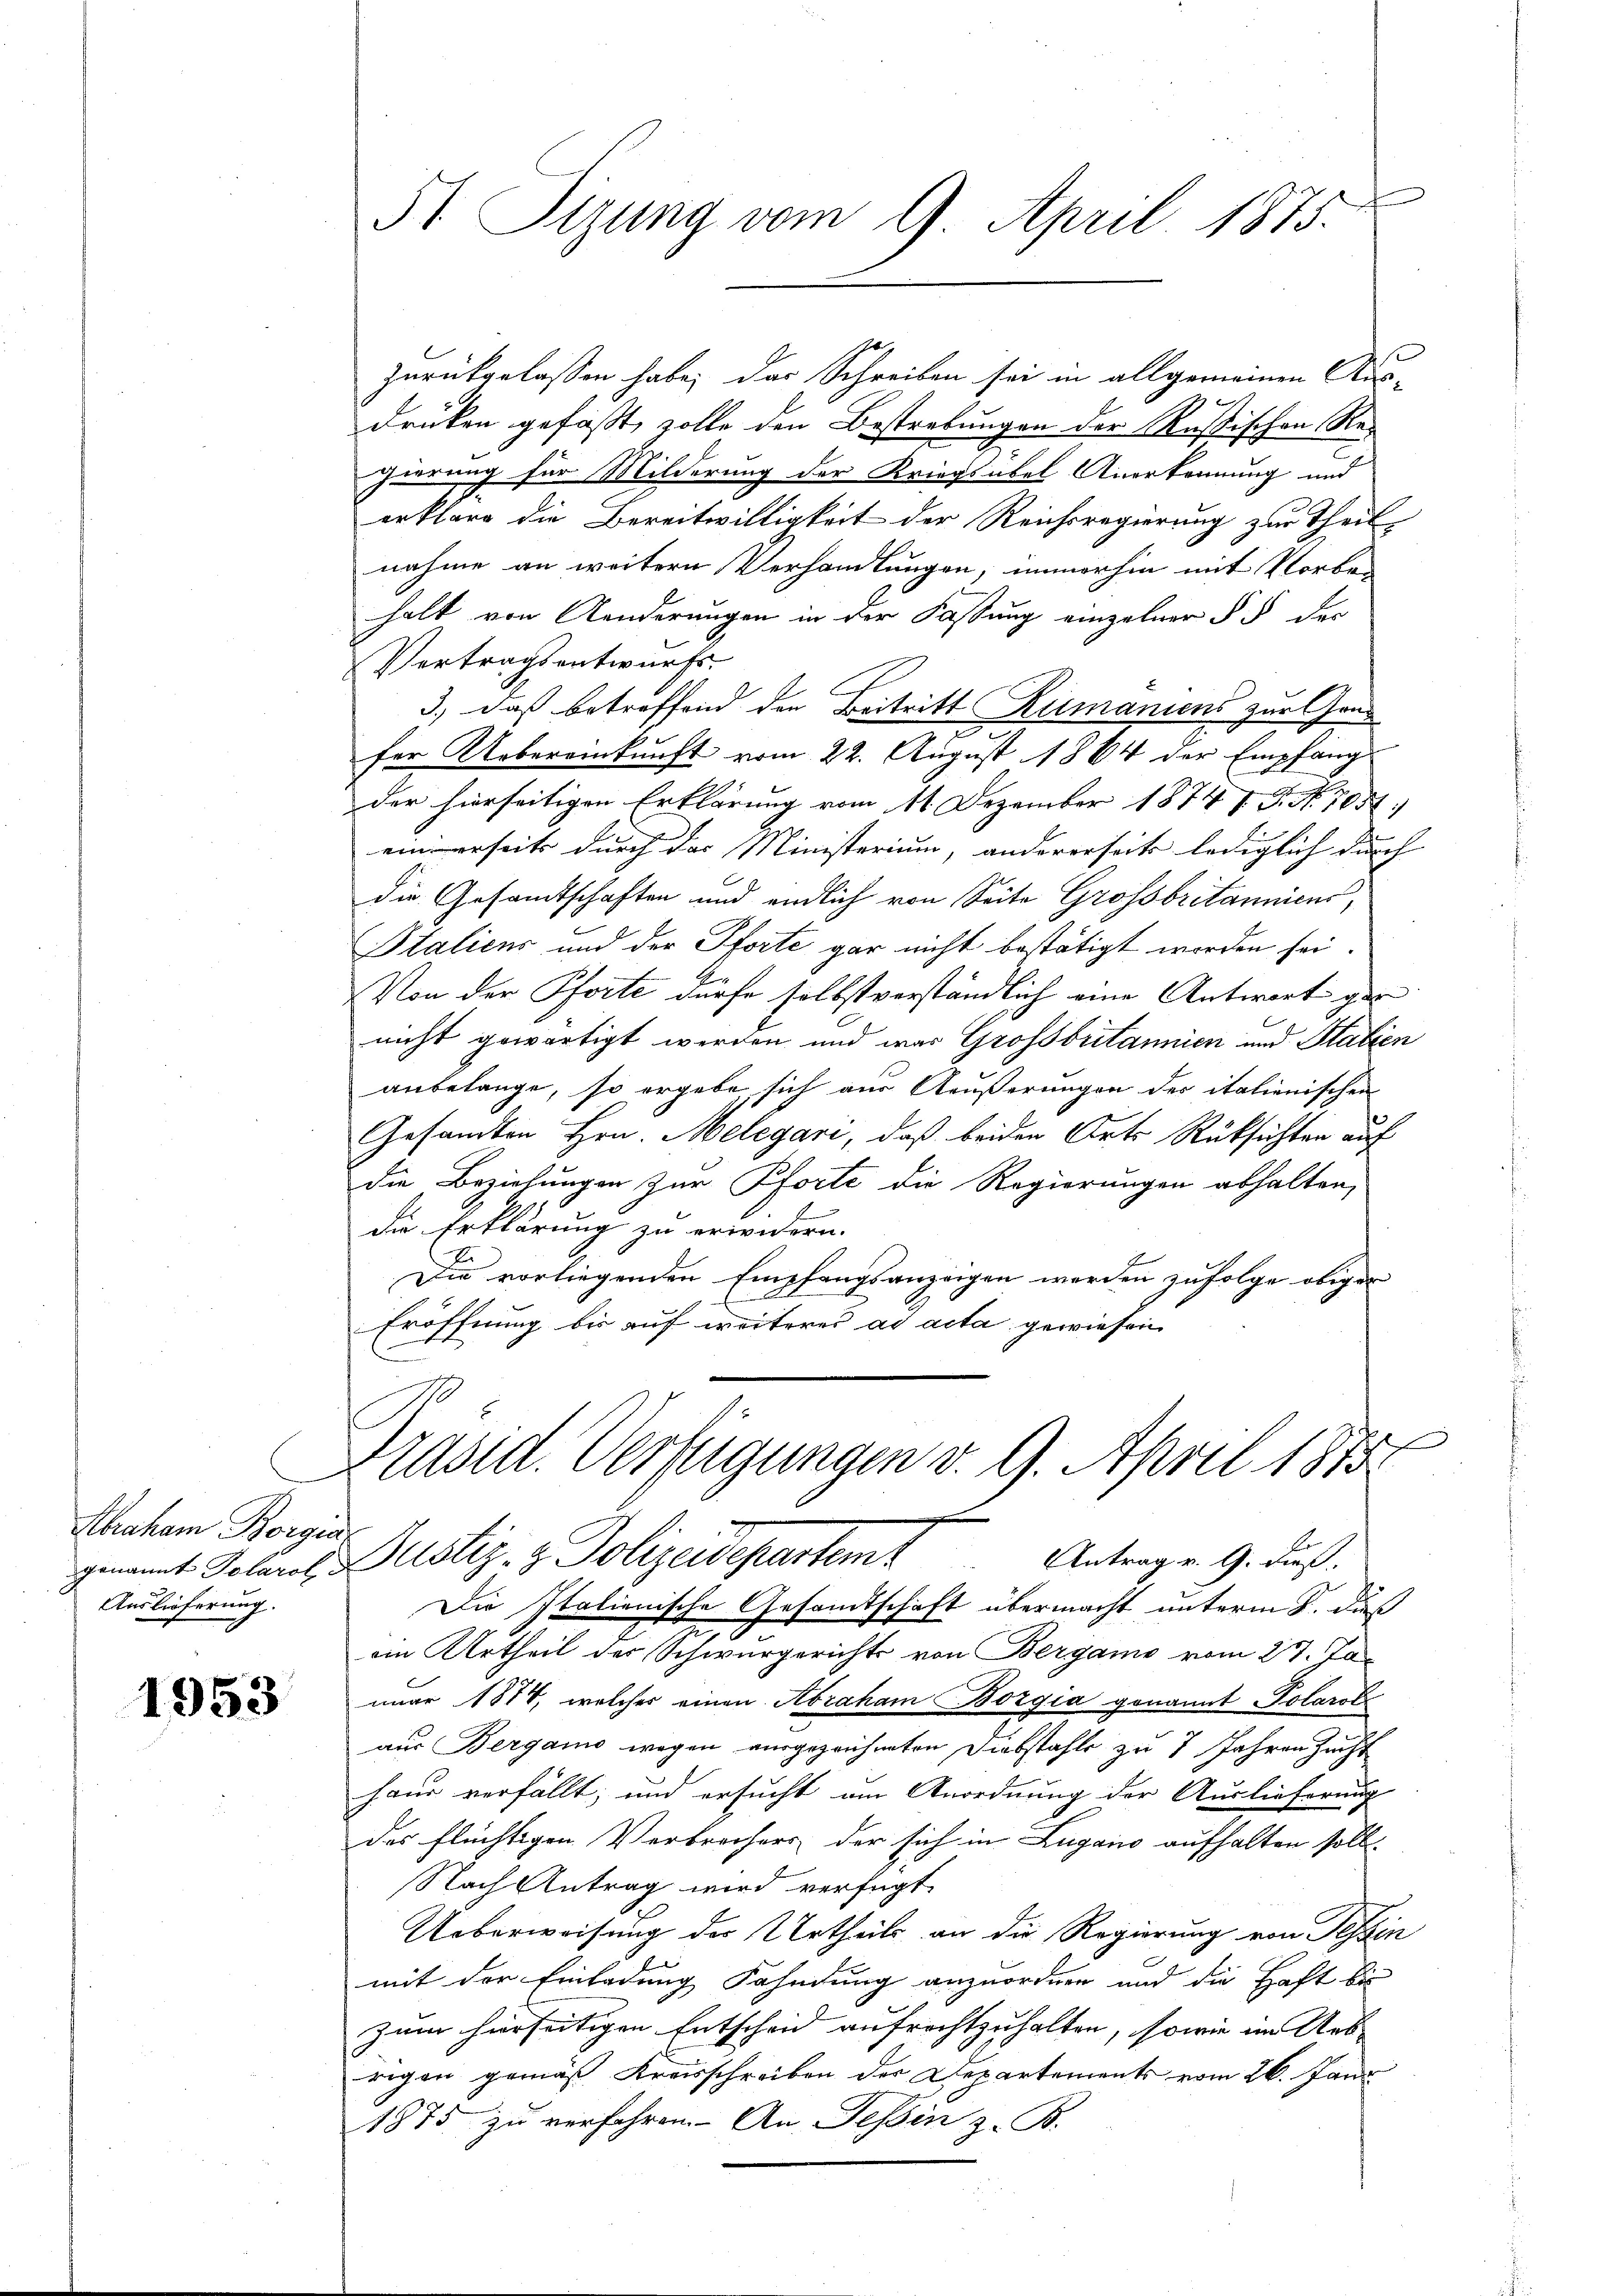
Abraham Borgia
Auslieferung.

1953

zurückgelassen habe; das Schreiben sei in allgemeinen Aus-
druken gefaßt, solle den Bestrebungen der Rußischen Regierung für Milderung der Kriegsübel Anerkennung und
erkläre die Bereitwilligkeit der Reichsregierung zur Theil-
nahme an weitern Verhandlungen, immerhin mit Vorbe-
halt von Aenderungen in der Fassung einzelner § § der
Vertracht entwurfs.
3) daß betreffend den Beitritt Rumaniens zur Grus
fer Uebereinkunft vom 22. August 1864 der Empfang
der hierseitigen Erklärung vom 11. Dezember 18747 S. Nr. 1054
s
einerseits durch das Ministerium, andererseits lediglich durch
die Gesamtschaften und endlich von Seite Grossbritanniens,
Italiens und der Pforte gar nicht bestätigt worden sei.
Von der Pforte dürfe selbst verständlich eine Antwort ger
nicht gewärtigt werden und was Grossbritannien und Stabien
anbelange, so ergebe, sich aus Aeußerungen des italienischen
Gesandten Hrn. Melegari, daß beiden Orts Rücksichten auf
die Beziehungen zur Pforte die Regierungen abhalten,
die Erklärung zu erwidern.
Die vorliegenden Empfangsanzeigen werden zufolge obiger
Eröffnung bis auf weiteres ad acta gewiesen

51 Sizung vom 9. April 1875.

Präsid. Verfügungen v. 9. April 1875.

genannt Polares Zustiz- & Polizeidepartem Antrag v. 9. dieß.
Die Italienische Gesandtschaft übermacht unterm 8. daß
iin Urtheil der Schwurgerichts von Bergamo vom 27. Ja
nuar 1874, welches einen Abraham Bozgia genannt Polarol
aus Bergamo wegen eingezeichneten Diebstahle zu 7 Jahren Zucht
haus verfällt; und ersucht am Anordnung der Auslieferung
des flüchtigen Verbrechers der sich in Lugano aufhalten soll.
Nach Antrag wird verfügt
Ueberweisung des Urtheils an die Regierung von Tessin
mit der Einladung Fahndung anzuordnen und die Haft bis
zum hierseitigen Entscheid aufrechtzuhalten, sowie im Aus- |
rigen gemäß Kreisschreiben der Departements vom 26. Janu
1875 zu verfahren. An Teßin z. B.